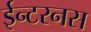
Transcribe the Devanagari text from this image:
ईन्टरनस